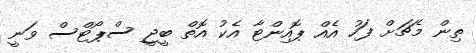
ތިން މެޗަށް ފަހު އެއް ޕޮއިންޓާ އެކު އޮތް ބީޖީ ސްޕޯޓްސް ވަނީ